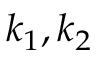
k _ { 1 } , k _ { 2 }